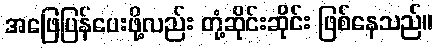
အဖြေပြန်ပေးဖို့လည်း တုံ့ဆိုင်းဆိုင်း ဖြစ်နေသည်။